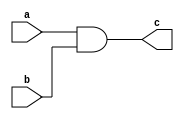
module and2_1bit (a,b,c);
input a;
input b;
output c;

assign c = a&b;
endmodule

module and2_32bit(a,b,c);
input [31:0] a;
input [31:0] b;
output [31:0] c;

assign c = a&b;
endmodule